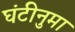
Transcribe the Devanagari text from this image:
घंटीनुमा